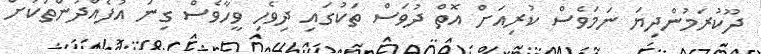
ދޫކުރަމުންދިޔަ ނަމަވެސް ކުރިއަށް އޮތް ދުވަސް ތަކުގައި ދިވެހި ވީހާވެސް ގިނަ އުފެއްދުންތަކަށް